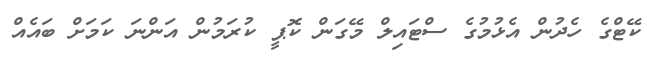
ކޭޓްގެ ހެދުން އެޅުމުގެ ސްޓައިލް މޭގަން ކޮޕީ ކުރަމުން އަންނަ ކަމަށް ބައެއް